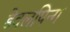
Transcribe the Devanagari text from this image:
डेवलपिन्ग